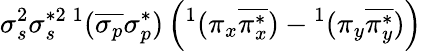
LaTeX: \sigma_{s}^{2}\sigma_{s}^{*2}{}\, ^{1}(\overline{{\sigma_{p}}}\sigma_{p}^{*})\left(^1(\pi_{x}\overline{{\pi_{x}^{*}}})-{}^{1}(\pi_{y}\overline{{\pi_{y}^{*}}})\right)